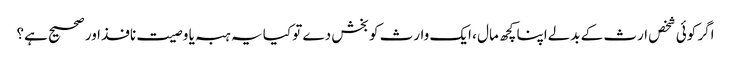
اگر کوئی شخص ارث کے بدلےاپنا کچھ مال ، ایک وارث کو بخش دے تو کیا یہ ہبہ یا وصیت نافذ اور صحیح ہے؟